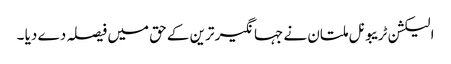
الیکشن ٹریبونل ملتان نے جہانگیر ترین کے حق میں فیصلہ دے دیا ۔